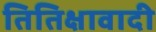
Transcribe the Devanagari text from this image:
तितिक्षावादी